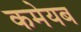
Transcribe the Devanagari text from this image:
कमेयब